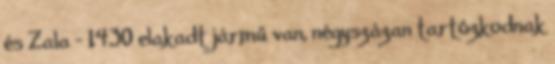
és Zala - 1430 elakadt jármű van, négyszázan tartózkodnak